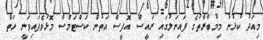
މިއަދު ކުޅުނު މިމުބާރާތުގެ ފައިނަލުގައި ރައީސް އޮފީސް އަތުން ކަސްޓަމްސް މޮޅުވެފައިވަނީ ހަތް